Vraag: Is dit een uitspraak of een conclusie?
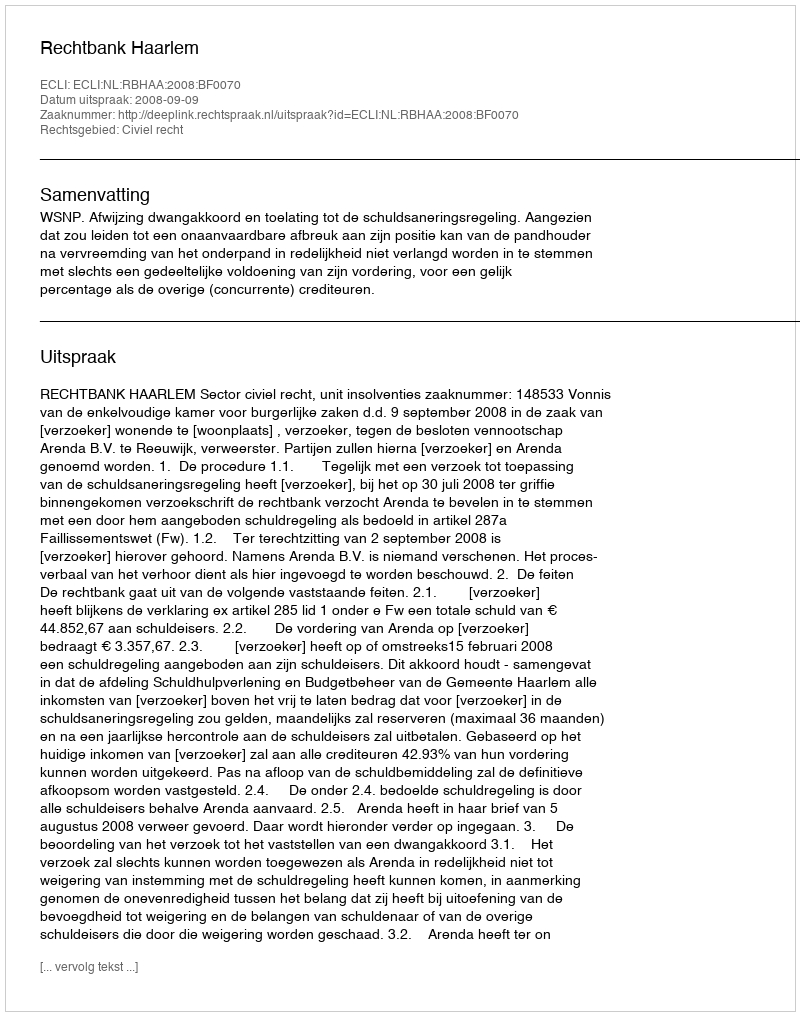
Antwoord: Uitspraak